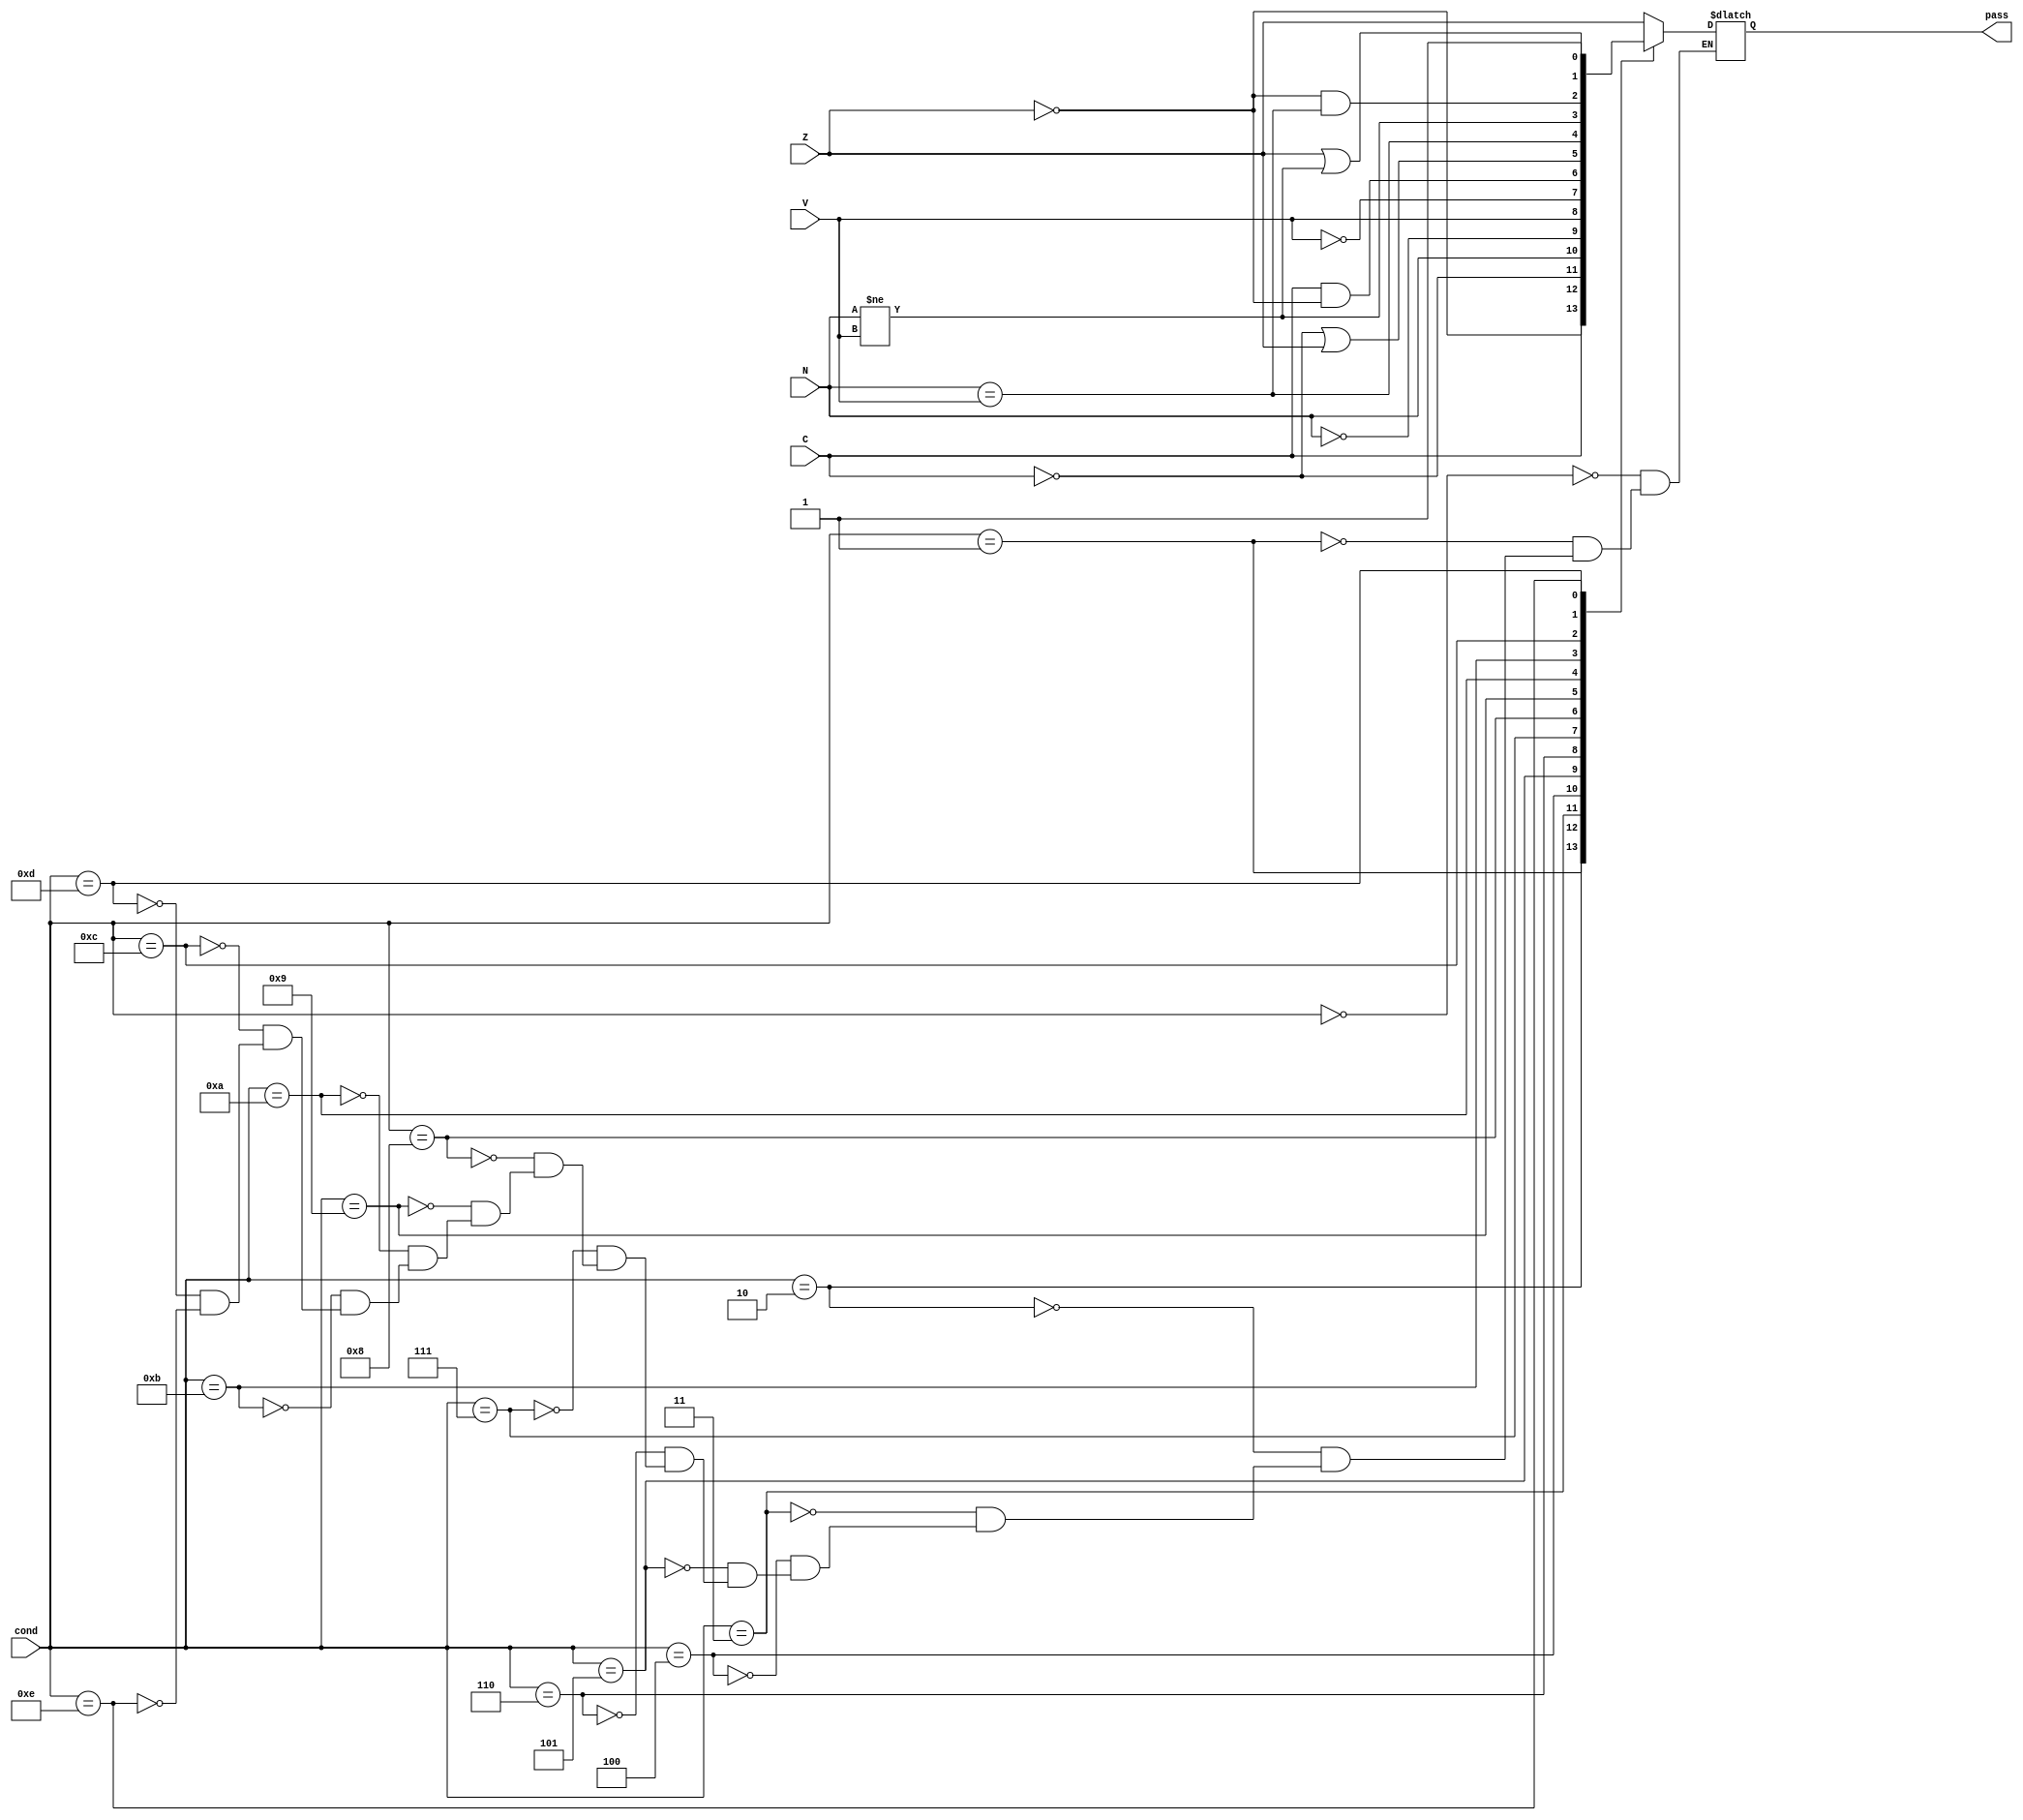
`define EQ 4'b0000
`define NE 4'b0001
`define CS 4'b0010
`define CC 4'b0011
`define MI 4'b0100
`define PL 4'b0101
`define VS 4'b0110
`define VC 4'b0111
`define HI 4'b1000
`define LS 4'b1001
`define GE 4'b1010
`define LT 4'b1011
`define GT 4'b1100
`define LE 4'b1101
`define AL 4'b1110


module condition_test(
		cond,
		N,
		Z,
		C,
		V,
		pass	);

	input [3:0] cond;
	input N;
	input Z;
	input C;
	input V;
	
	output pass;
	
	reg pass;
	
	always@(cond or N or Z or C or V)begin
		case(cond)
			`EQ: pass <= Z;
			`NE: pass <= ~Z;
			`CS: pass <= C;
			`CC: pass <= ~C;
			`MI: pass <= N;
			`PL: pass <= ~N;
			`VS: pass <= V;
			`VC: pass <= ~V;
			`HI: pass <= C & (~Z);
			`LS: pass <= (~C) | Z;
			`GE: pass <= (N==V);
			`LT: pass <= (N!=V);
			`GT: pass <= (Z==0)&(N==V);
			`LE: pass <= (Z==1)|(N!=V);
			`AL: pass <= 1;
		endcase
	end
endmodule